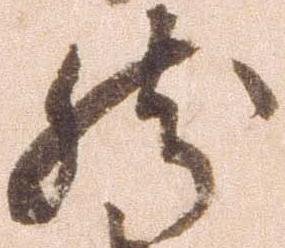
然